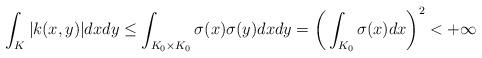
LaTeX: \begin{align*}\int_K |k(x,y)|dxdy \leq \int_{K_0\times K_0}\sigma(x)\sigma(y)dxdy = \bigg(\int_{K_0}\sigma(x)dx\bigg)^2 < +\infty\end{align*}